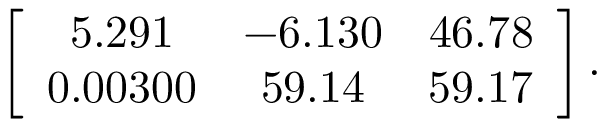
\left[ { \begin{array} { c c c } { 5 . 2 9 1 } & { - 6 . 1 3 0 } & { 4 6 . 7 8 } \\ { 0 . 0 0 3 0 0 } & { 5 9 . 1 4 } & { 5 9 . 1 7 } \end{array} } \right] .